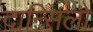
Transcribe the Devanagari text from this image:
दान्सिलो